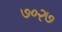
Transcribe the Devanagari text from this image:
७०२७